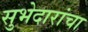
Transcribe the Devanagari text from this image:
सुभेदारांचा